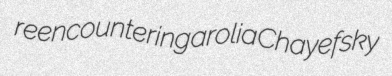
reencountering arolia Chayefsky